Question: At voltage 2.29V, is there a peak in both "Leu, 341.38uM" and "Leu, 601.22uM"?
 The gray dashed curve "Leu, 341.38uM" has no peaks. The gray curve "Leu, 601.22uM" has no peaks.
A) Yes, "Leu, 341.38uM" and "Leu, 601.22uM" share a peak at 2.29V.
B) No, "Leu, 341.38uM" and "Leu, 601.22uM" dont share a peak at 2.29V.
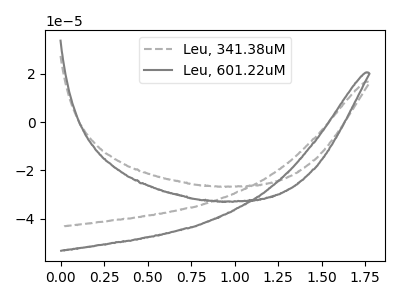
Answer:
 <answer>B) No, "Leu, 341.38uM" and "Leu, 601.22uM" dont share a peak at 2.29V.</answer>
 <eval>B</eval>